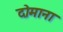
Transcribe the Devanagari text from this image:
दोमाना